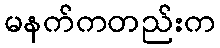
မနက်ကတည်းက